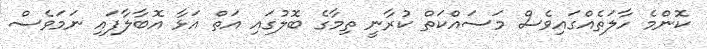
ކޮންމެ ހާލަތެއްގައިވެސް މަސައްކަތް ކުރާނީ ތިމާގެ ބޮލުގައި އަތް އަޅާ އޮބާލާފައި ނަމަވެސް